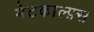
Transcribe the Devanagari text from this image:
मेटकाल्फ़्स